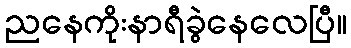
ညနေကိုးနာရီခွဲနေလေပြီ။